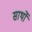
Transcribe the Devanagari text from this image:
सार्थो